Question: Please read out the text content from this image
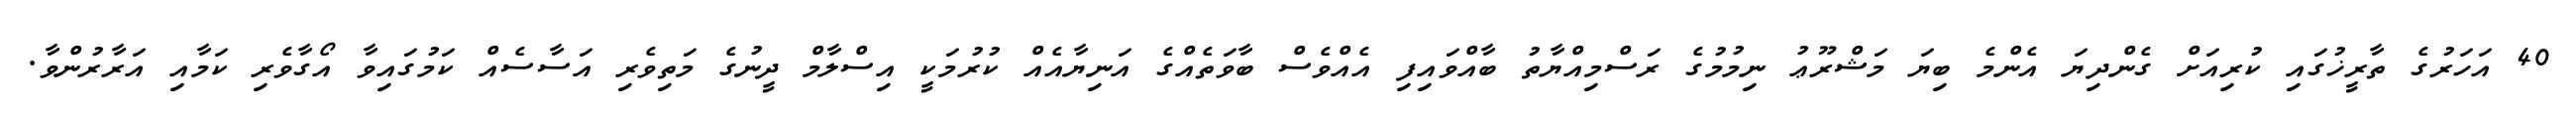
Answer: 40 އަހަރުގެ ތާރީޚުގައި ކުރިއަށް ގެންދިޔަ އެންމެ ބިޔަ މަޝްރޫޢު ނިމުމުގެ ރަސްމިއްޔާތު ބާއްވައިފި އެއްވެސް ބާވަތެއްގެ އަނިޔާއެއް ކުރުމަކީ އިސްލާމް ދީނުގެ މަތިވެރި އަސާސެއް ކަމުގައިވާ އޯގާވެރި ކަމާއި އަރާރުންވާ.